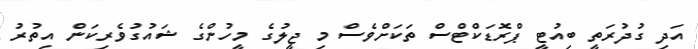
އަދި ގުދުރަތީ ބިއުޓީ ޕްރޮޑަކްޓްސް ތަކަށްވެސް މި ޖީލުގެ މީހުންގެ ޝައުގުވެރިކަން އިތުރު